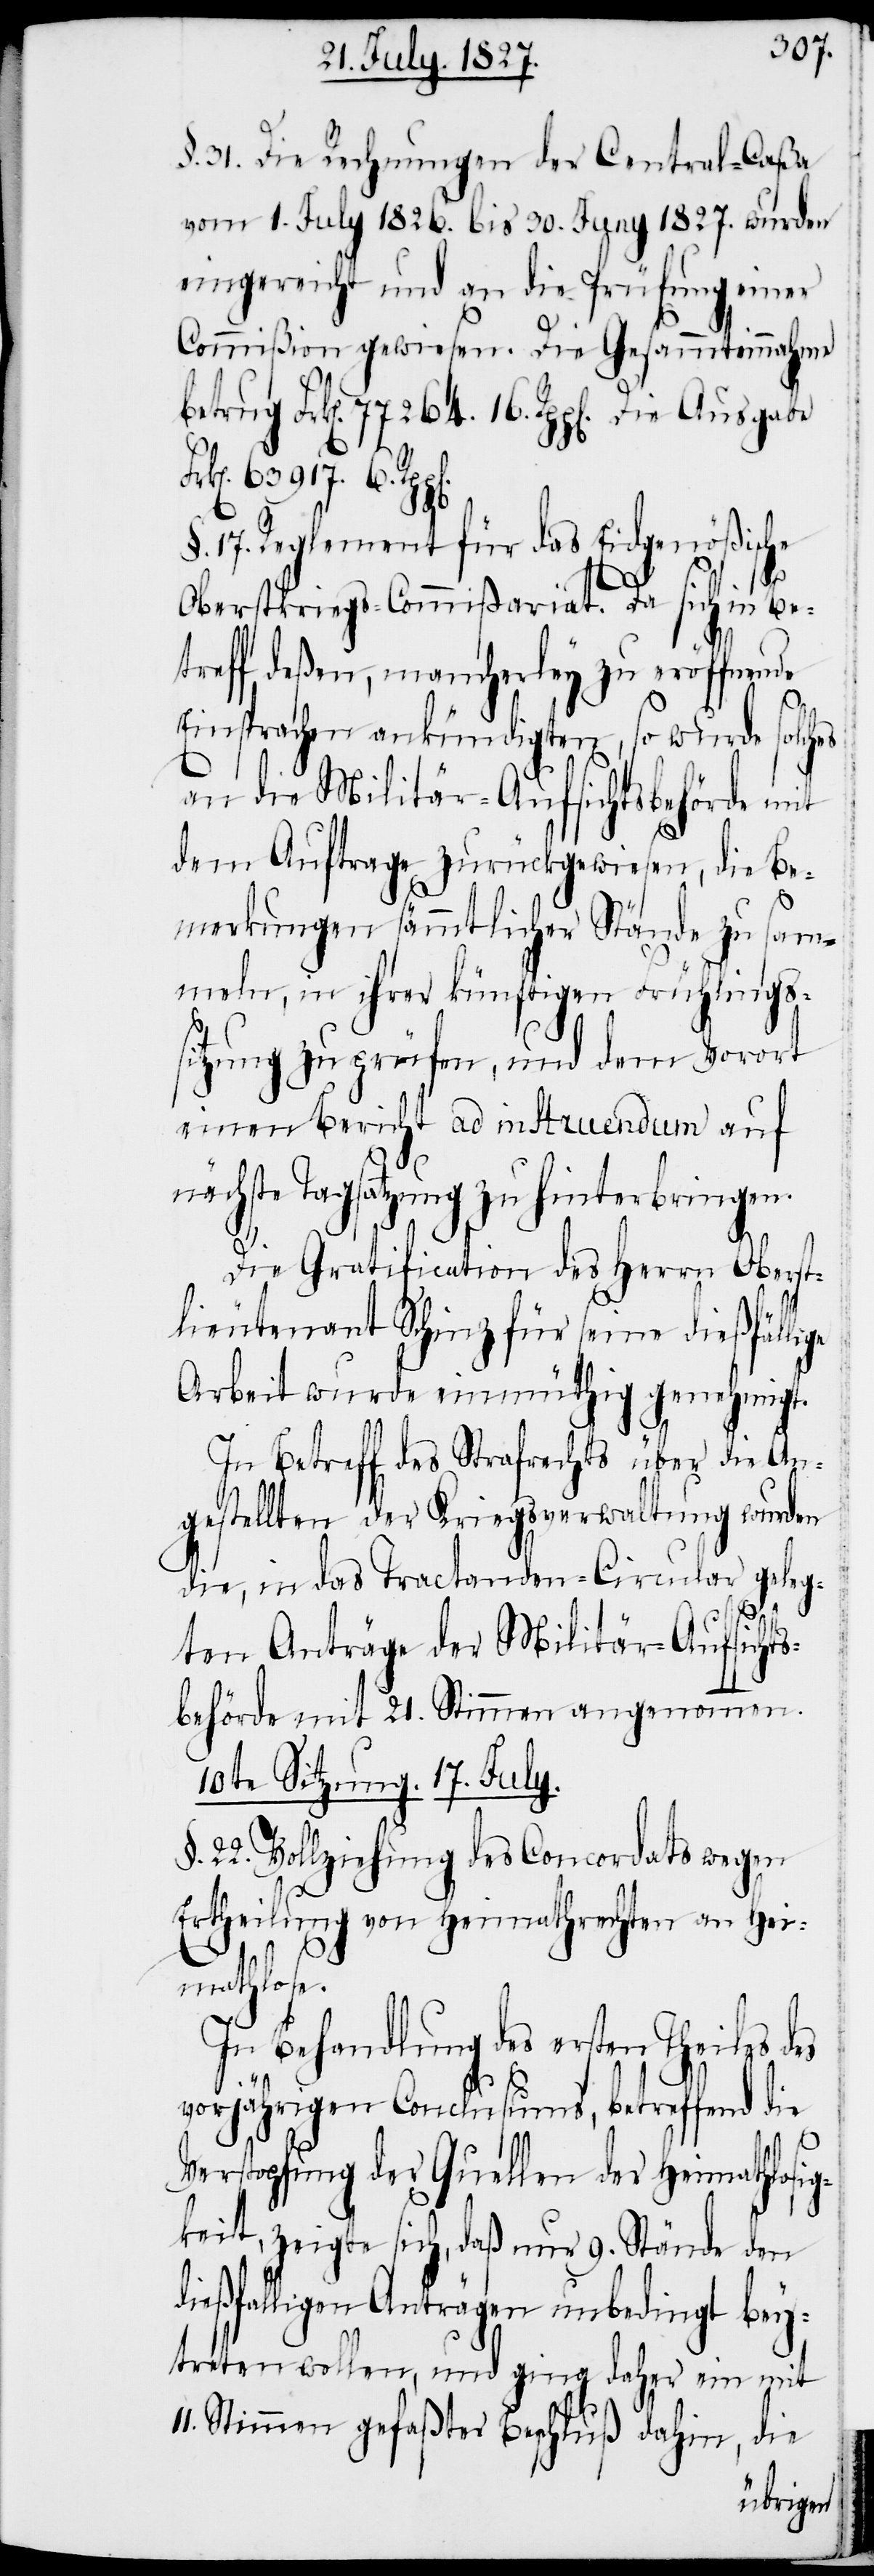
63917.
§. 31. Die Rechnungen der Central-Caßa
vom 1. July 1826. bis 30. Juny 1827. wurden
eingereicht und an die Prüfung einer
Commißion gewiesen. Die Gesammteinnahme
11.
§. 17. Reglement für das Eidgenößische
Oberstkriegs-Commißariat. Da sich in Be¬
treff deßen, mancherley zu eröffnende
Einsprachen ankündigten, so wurde solches
an die Militär-Aufsichtsbehörde mit
dem Auftrage zurückgewiesen, die Be¬
merkungen sämmtlicher Stände zu sam¬
meln, in ihrer künftigen Frühlings¬
sitzung zu prüfen, und dem Vorort
einen Bericht ad instruendum auf
nächste Tagsatzung zu hinterbringen.
Die Gratification des Herrn Oberst¬
lieutenant Schinz für seine dießfälli¬
Arbeit wurde einmüthig genehmigt.
In Betreff des Strafrechts über die An¬
gestellten der Kriegsverwaltung wurden
die, in das Tractanden-Circular geleg¬
ten Anträge der Militär-Aufsicht¬
sbehörde mit 21. Stimmen angenommen.
10te Sitzung. 17. July.
§. 22. Vollziehung des Concordats wegen
Ertheilung von Heimathrechten an Hei¬
mathlose.
In Behandlung des ersten Theiles
vorjährigen Conclusiums, betreffend die
Verstopfung der Quellen der Heimathlosi¬
gkeit, zeigte sich, daß nur 9. Stände den
dießfalligen Anträgen unbedingt bey¬
treten wollen, und ging daher ein mit
Stimmen gefaßter Beschluß dahin, die
ge